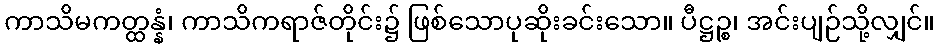
ကာသိမကတ္ထန္နံ၊ ကာသိကရာဇ်တိုင်း၌ ဖြစ်သောပုဆိုးခင်းသော။ ပီဋ္ဌဉ္စ၊ အင်းပျဉ်သို့လျှင်။